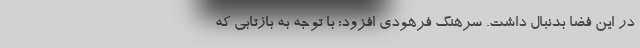
در این فضا بدنبال داشت. سرهنگ فرهودی افزود: با توجه به بازتابی که